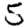
Digit: 5